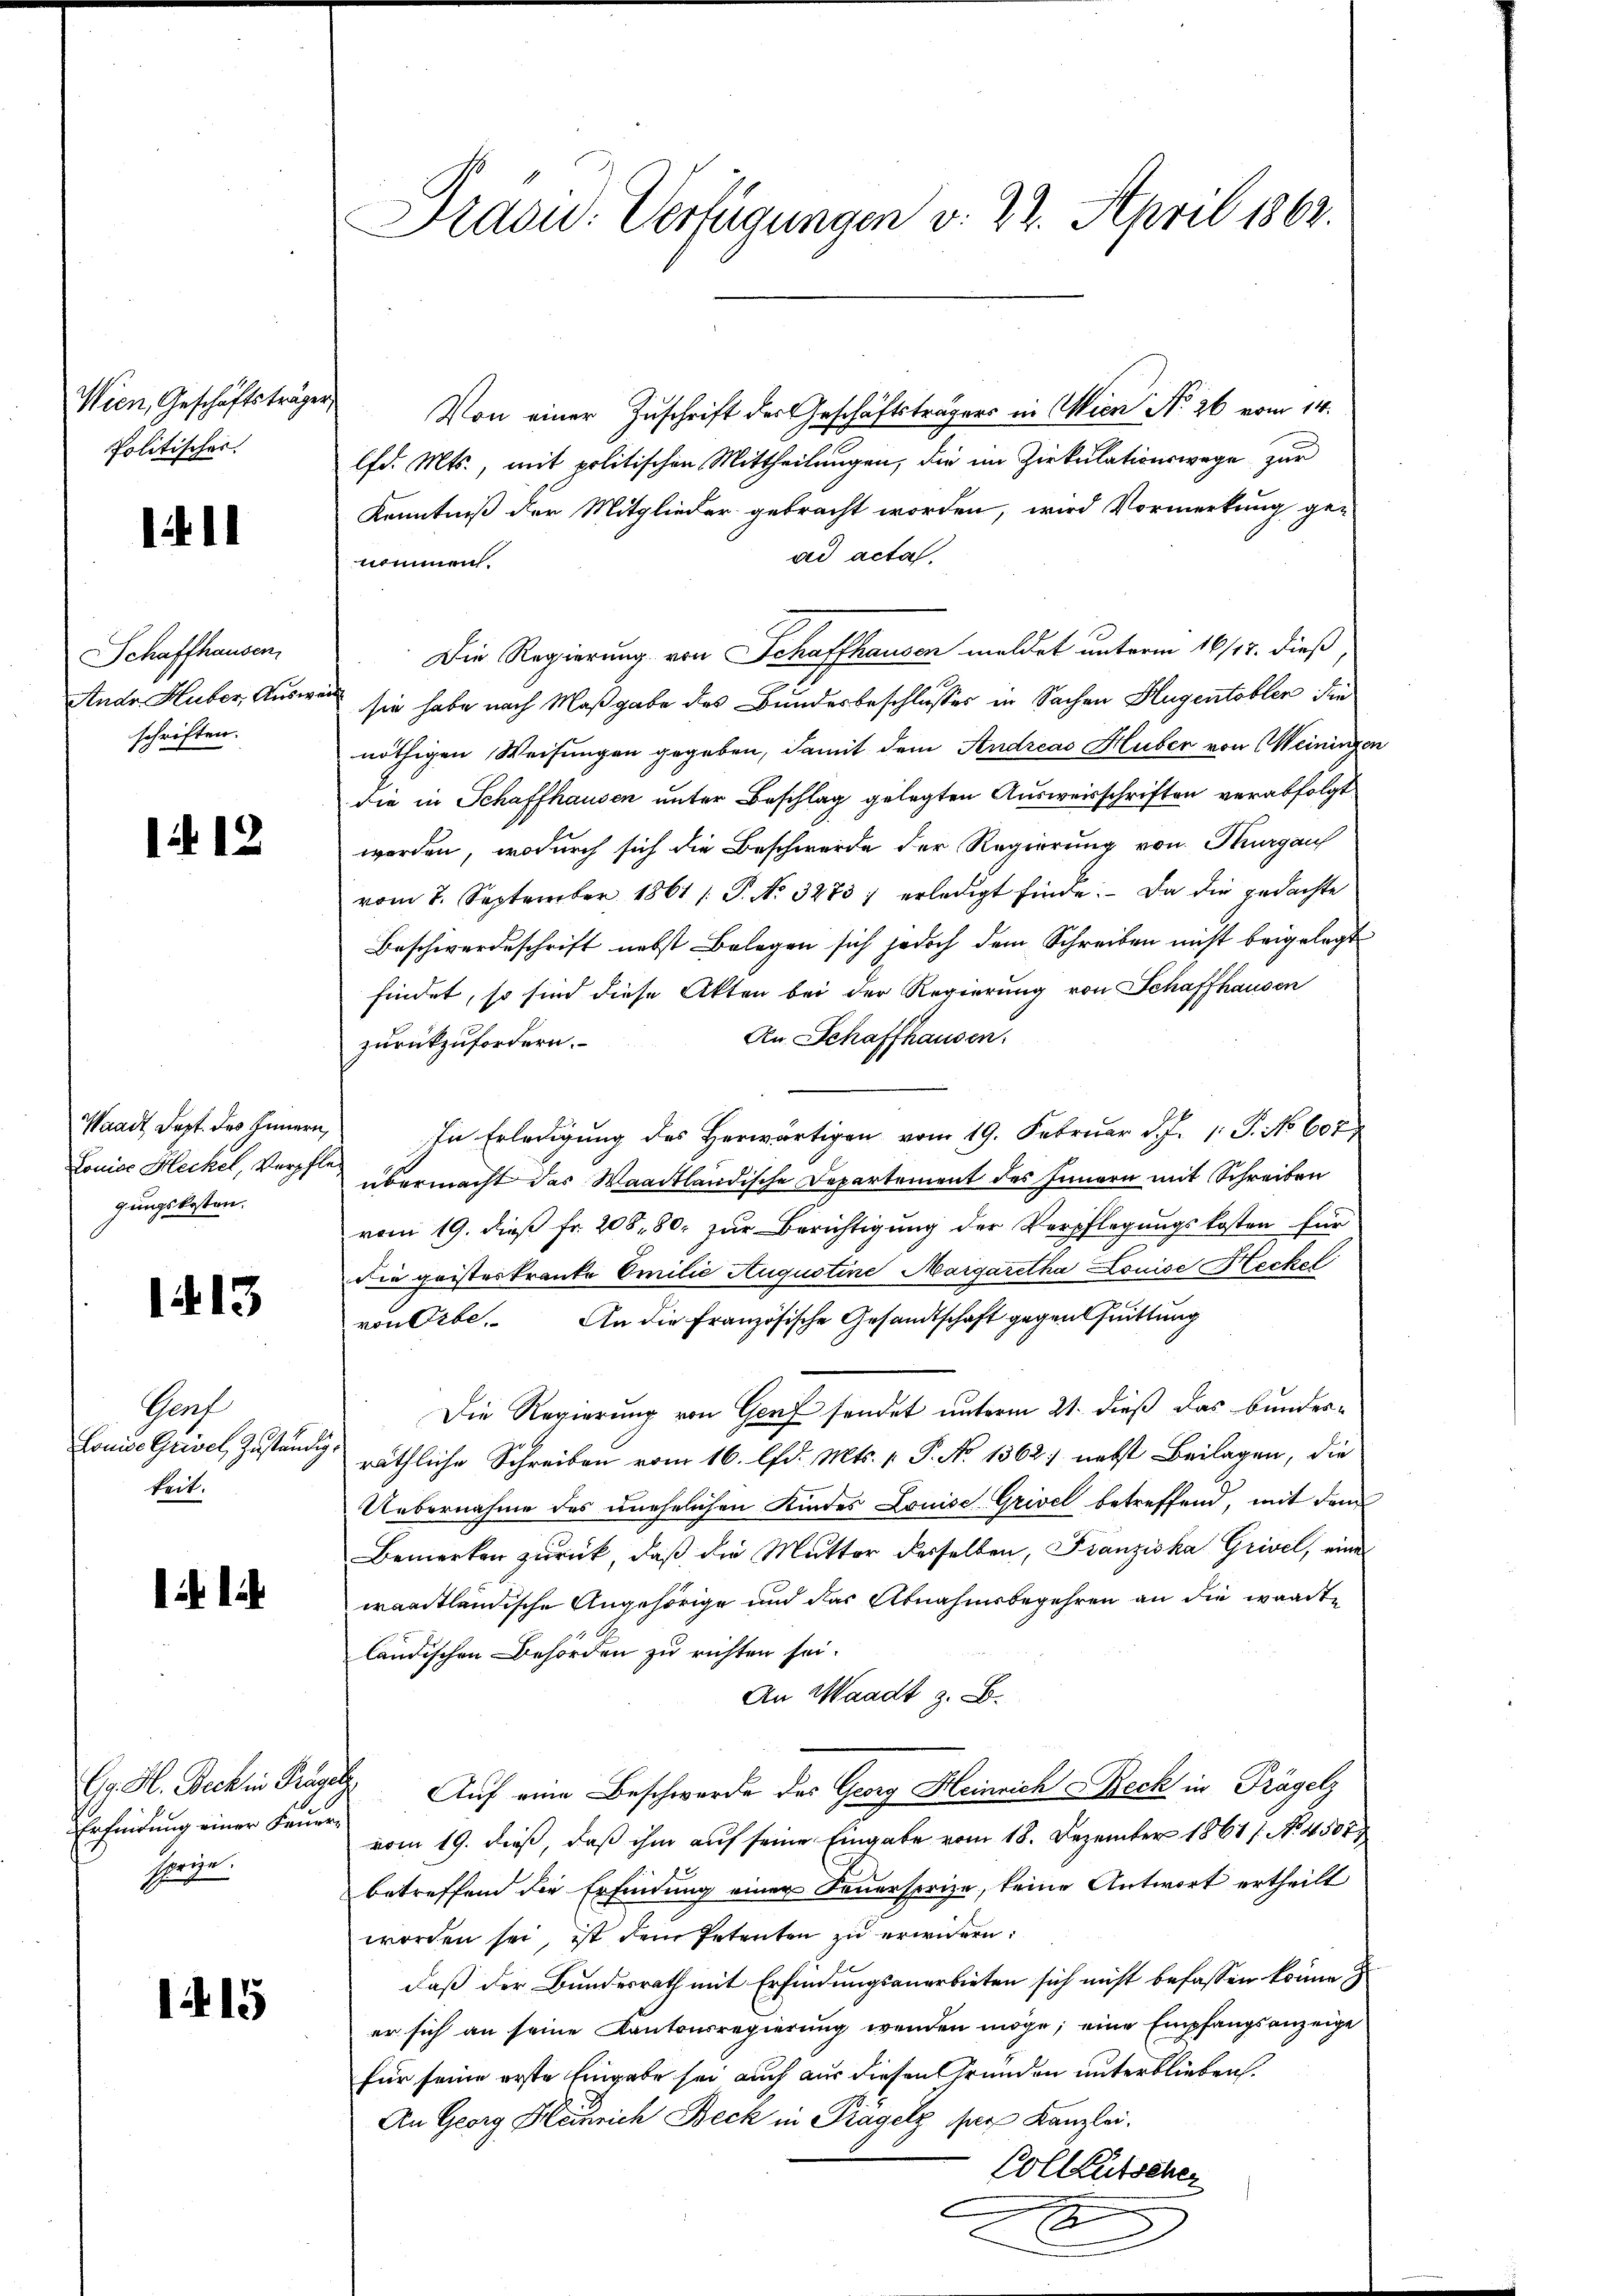
Wien, Geschäftsträgen
Politischer.

1411

Schaffhausen
Ander Huber, Ausw
schriften.

112

Waadt Sept. des Innern,
Loniae Heckel, Verpfle
gungskosten.

1413.

Grof
Lonie Grisel zuständig
keit.

Erfindung einer Feuersprize.

1415

Präsid. Verfügungen v. 22. April 1862.

Von einer Zuschrift der Geschäftsträgers in Wien No 26 vom 14.
lfd. Mts., mit politischen Mittheilungen, die im Zirkulationswege zur
Kenntniß der Mitglieder gebracht worden, wird Vormerkung ge-
ad acta.
nommen.
Die Regierung von Schaffhausen meldet unterm 16/14. dieß,
sie habe nach Maßgabe des Bundesbeschlusses in Sachen Hugentobler die
nöthigen Weisungen gegeben, damit dem Andreas Huber von Meiningen
die in Schaffhausen unter Beschlag gelegten Ausweisschriften verabfolgt
worden, wodurch sich die Beschwerde der Regierung von Thurgau
vom 2. September 1861 /: P. Nr. 32837 erledigt finde. Da die gedachte
Beschwerdeschrift nebst Belegen sich jedoch dem Schreiben nicht beigelegt
findet, so sind diese Akten bei der Regierung von Schaffhausen
An Schaffhausen.
zurückzufordern.
In Erledigung des Herwärtigen vom 19. Februar d. J. 1. P. No 607
übermacht das Waadtländische Departement des Innern mit Schreiben
vom 19. dieß fr. 208, 80. zur Berichtigung der Verpflegungskosten für
die geisteskranke Emilie Augustine Margaretha Louise Heckst
von Orbe. An die Französische Gesandtschaft gegenthuittung
Die Regierung von Genf sendet unterm 21. dieß das bunder¬
 räthliche Schreiben vom 16. lfd. Mts. v. P. No 1362) nebst Beilagen, die
Uebernahme des unehelichen Kindes Louise Grivel betreffend, mit dem
Bemerken zurück, daß die Mutter derselben, Franziska Grivil, eine
waadtländische Angehörige und das Abnahmsbegehren an die waadt
ländischen Behörden zu richten sei.
An Waadt z. B.
Gg. H. Beck in Träge Auf eine Beschwerde des Georg Heinrich Beck in Trägelz
vom 19. dieß, daß ihm auf seine Eingabe vom 18. Dezember 1861 s. No. 4507
betreffend die Erfindung einer Sauersprize, keine Antwort ertheilt
worden sei, ist dem Petenten zu erwidern:
daß der Bundesrath mit Erfindungsanerbieten sich nicht befassen könne z
er sich an seine Kantonsregierung wenden möge; eine Empfangsanzeige
für seine erste Eingabe sei auch aus diesen Grunden unterblieben.
An Georg Gerich Beck in Prägelz per Kanzlei.
Colleutscher
A
E